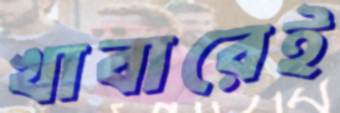
খাবারেই